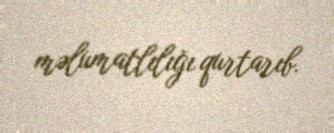
məlumatlılığı qurtarıb.